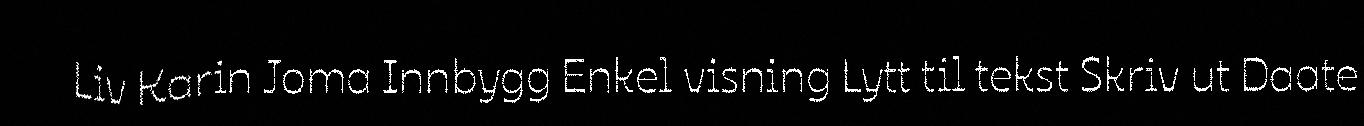
Liv Karin Joma Innbygg Enkel visning Lytt til tekst Skriv ut Daate